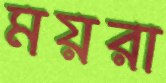
ময়রা